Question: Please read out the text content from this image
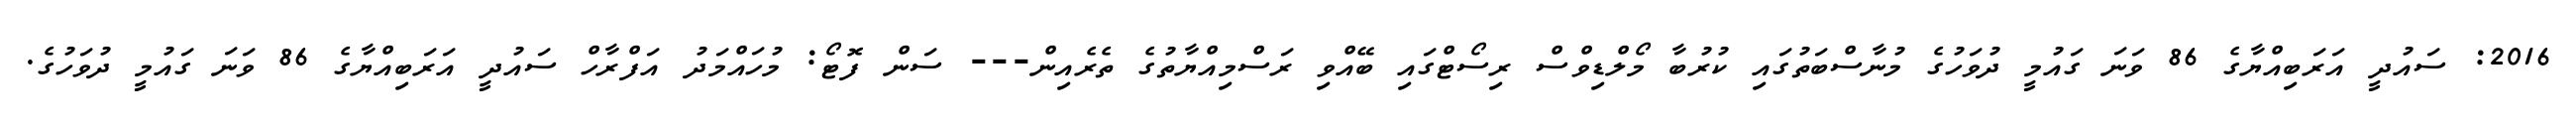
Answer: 2016: ސައުދީ އަރަބިއްޔާގެ 86 ވަނަ ގައުމީ ދުވަހުގެ މުނާސްބަތުގައި ކުރުބާ މޯލްޑިވްސް ރިސޯޓްގައި ބޭއްވި ރަސްމިއްޔާތުގެ ތެރެއިން--- ސަން ފޮޓޯ: މުހައްމަދު އަފްރާހް ސައުދީ އަރަބިއްޔާގެ 86 ވަނަ ގައުމީ ދުވަހުގެ.